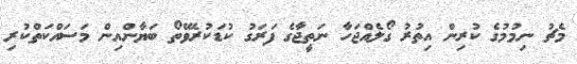
މެޗު ނިމުމުގެ ކުރިން އިތުރު ގޯލެއްޖަހާ ނަތީޖާގެ ފަރަގު ކުޑަކުރެވޭތޯ ބަޔާންއިން މަސައްކަތްކުރި